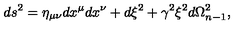
d s ^ { 2 } = \eta _ { \mu \nu } d x ^ { \mu } d x ^ { \nu } + d \xi ^ { 2 } + \gamma ^ { 2 } \xi ^ { 2 } d \Omega _ { n - 1 } ^ { 2 } ,